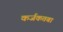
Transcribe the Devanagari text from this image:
कर्जकतबा